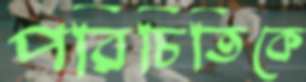
পরিচিতিকে